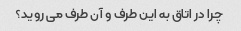
چرا در اتاق به این طرف و آن طرف می روید؟